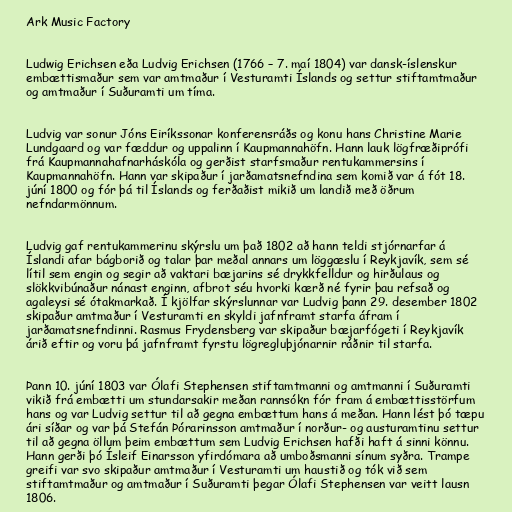
Ark Music Factory

Ludwig Erichsen eða Ludvig Erichsen (1766 – 7. maí 1804) var dansk-íslenskur
embættismaður sem var amtmaður í Vesturamti Íslands og settur stiftamtmaður
og amtmaður í Suðuramti um tíma.

Ludvig var sonur Jóns Eiríkssonar konferensráðs og konu hans Christine Marie
Lundgaard og var fæddur og uppalinn í Kaupmannahöfn. Hann lauk lögfræðiprófi
frá Kaupmannahafnarháskóla og gerðist starfsmaður rentukammersins í
Kaupmannahöfn. Hann var skipaður í jarðamatsnefndina sem komið var á fót 18.
júní 1800 og fór þá til Íslands og ferðaðist mikið um landið með öðrum
nefndarmönnum.

Ludvig gaf rentukammerinu skýrslu um það 1802 að hann teldi stjórnarfar á
Íslandi afar bágborið og talar þar meðal annars um löggæslu í Reykjavík, sem sé
lítil sem engin og segir að vaktari bæjarins sé drykkfelldur og hirðulaus og
slökkvibúnaður nánast enginn, afbrot séu hvorki kærð né fyrir þau refsað og
agaleysi sé ótakmarkað. Í kjölfar skýrslunnar var Ludvig þann 29. desember 1802
skipaður amtmaður í Vesturamti en skyldi jafnframt starfa áfram í
jarðamatsnefndinni. Rasmus Frydensberg var skipaður bæjarfógeti í Reykjavík
árið eftir og voru þá jafnframt fyrstu lögregluþjónarnir ráðnir til starfa.

Þann 10. júní 1803 var Ólafi Stephensen stiftamtmanni og amtmanni í Suðuramti
vikið frá embætti um stundarsakir meðan rannsókn fór fram á embættisstörfum
hans og var Ludvig settur til að gegna embættum hans á meðan. Hann lést þó tæpu
ári síðar og var þá Stefán Þórarinsson amtmaður í norður- og austuramtinu settur
til að gegna öllum þeim embættum sem Ludvig Erichsen hafði haft á sinni könnu.
Hann gerði þó Ísleif Einarsson yfirdómara að umboðsmanni sínum syðra. Trampe
greifi var svo skipaður amtmaður í Vesturamti um haustið og tók við sem
stiftamtmaður og amtmaður í Suðuramti þegar Ólafi Stephensen var veitt lausn
1806.